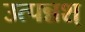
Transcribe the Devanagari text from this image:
उत्पन्नश्